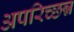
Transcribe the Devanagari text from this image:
अपरिच्छन्न